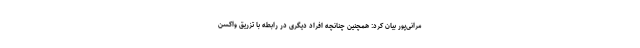
مرانی‌پور بیان کرد: همچنین چنانچه افراد دیگری در رابطه با تزریق واکسن